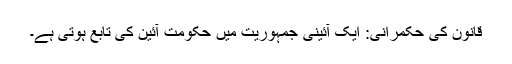
قانون کی حکمرانی: ایک آئینی جمہوریت میں حکومت آئین کی تابع ہوتی ہے۔